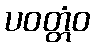
ပဝတ္တံဝ